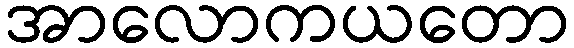
အာလောကယတော